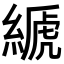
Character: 𦃇